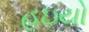
હઇયો